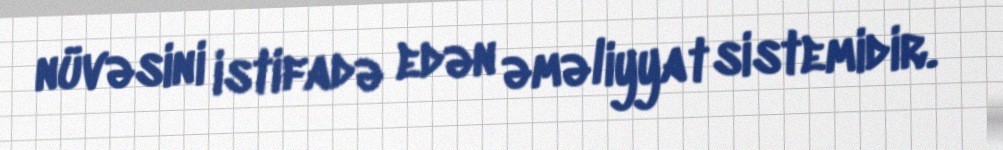
nüvəsini istifadə edən əməliyyat sistemidir.